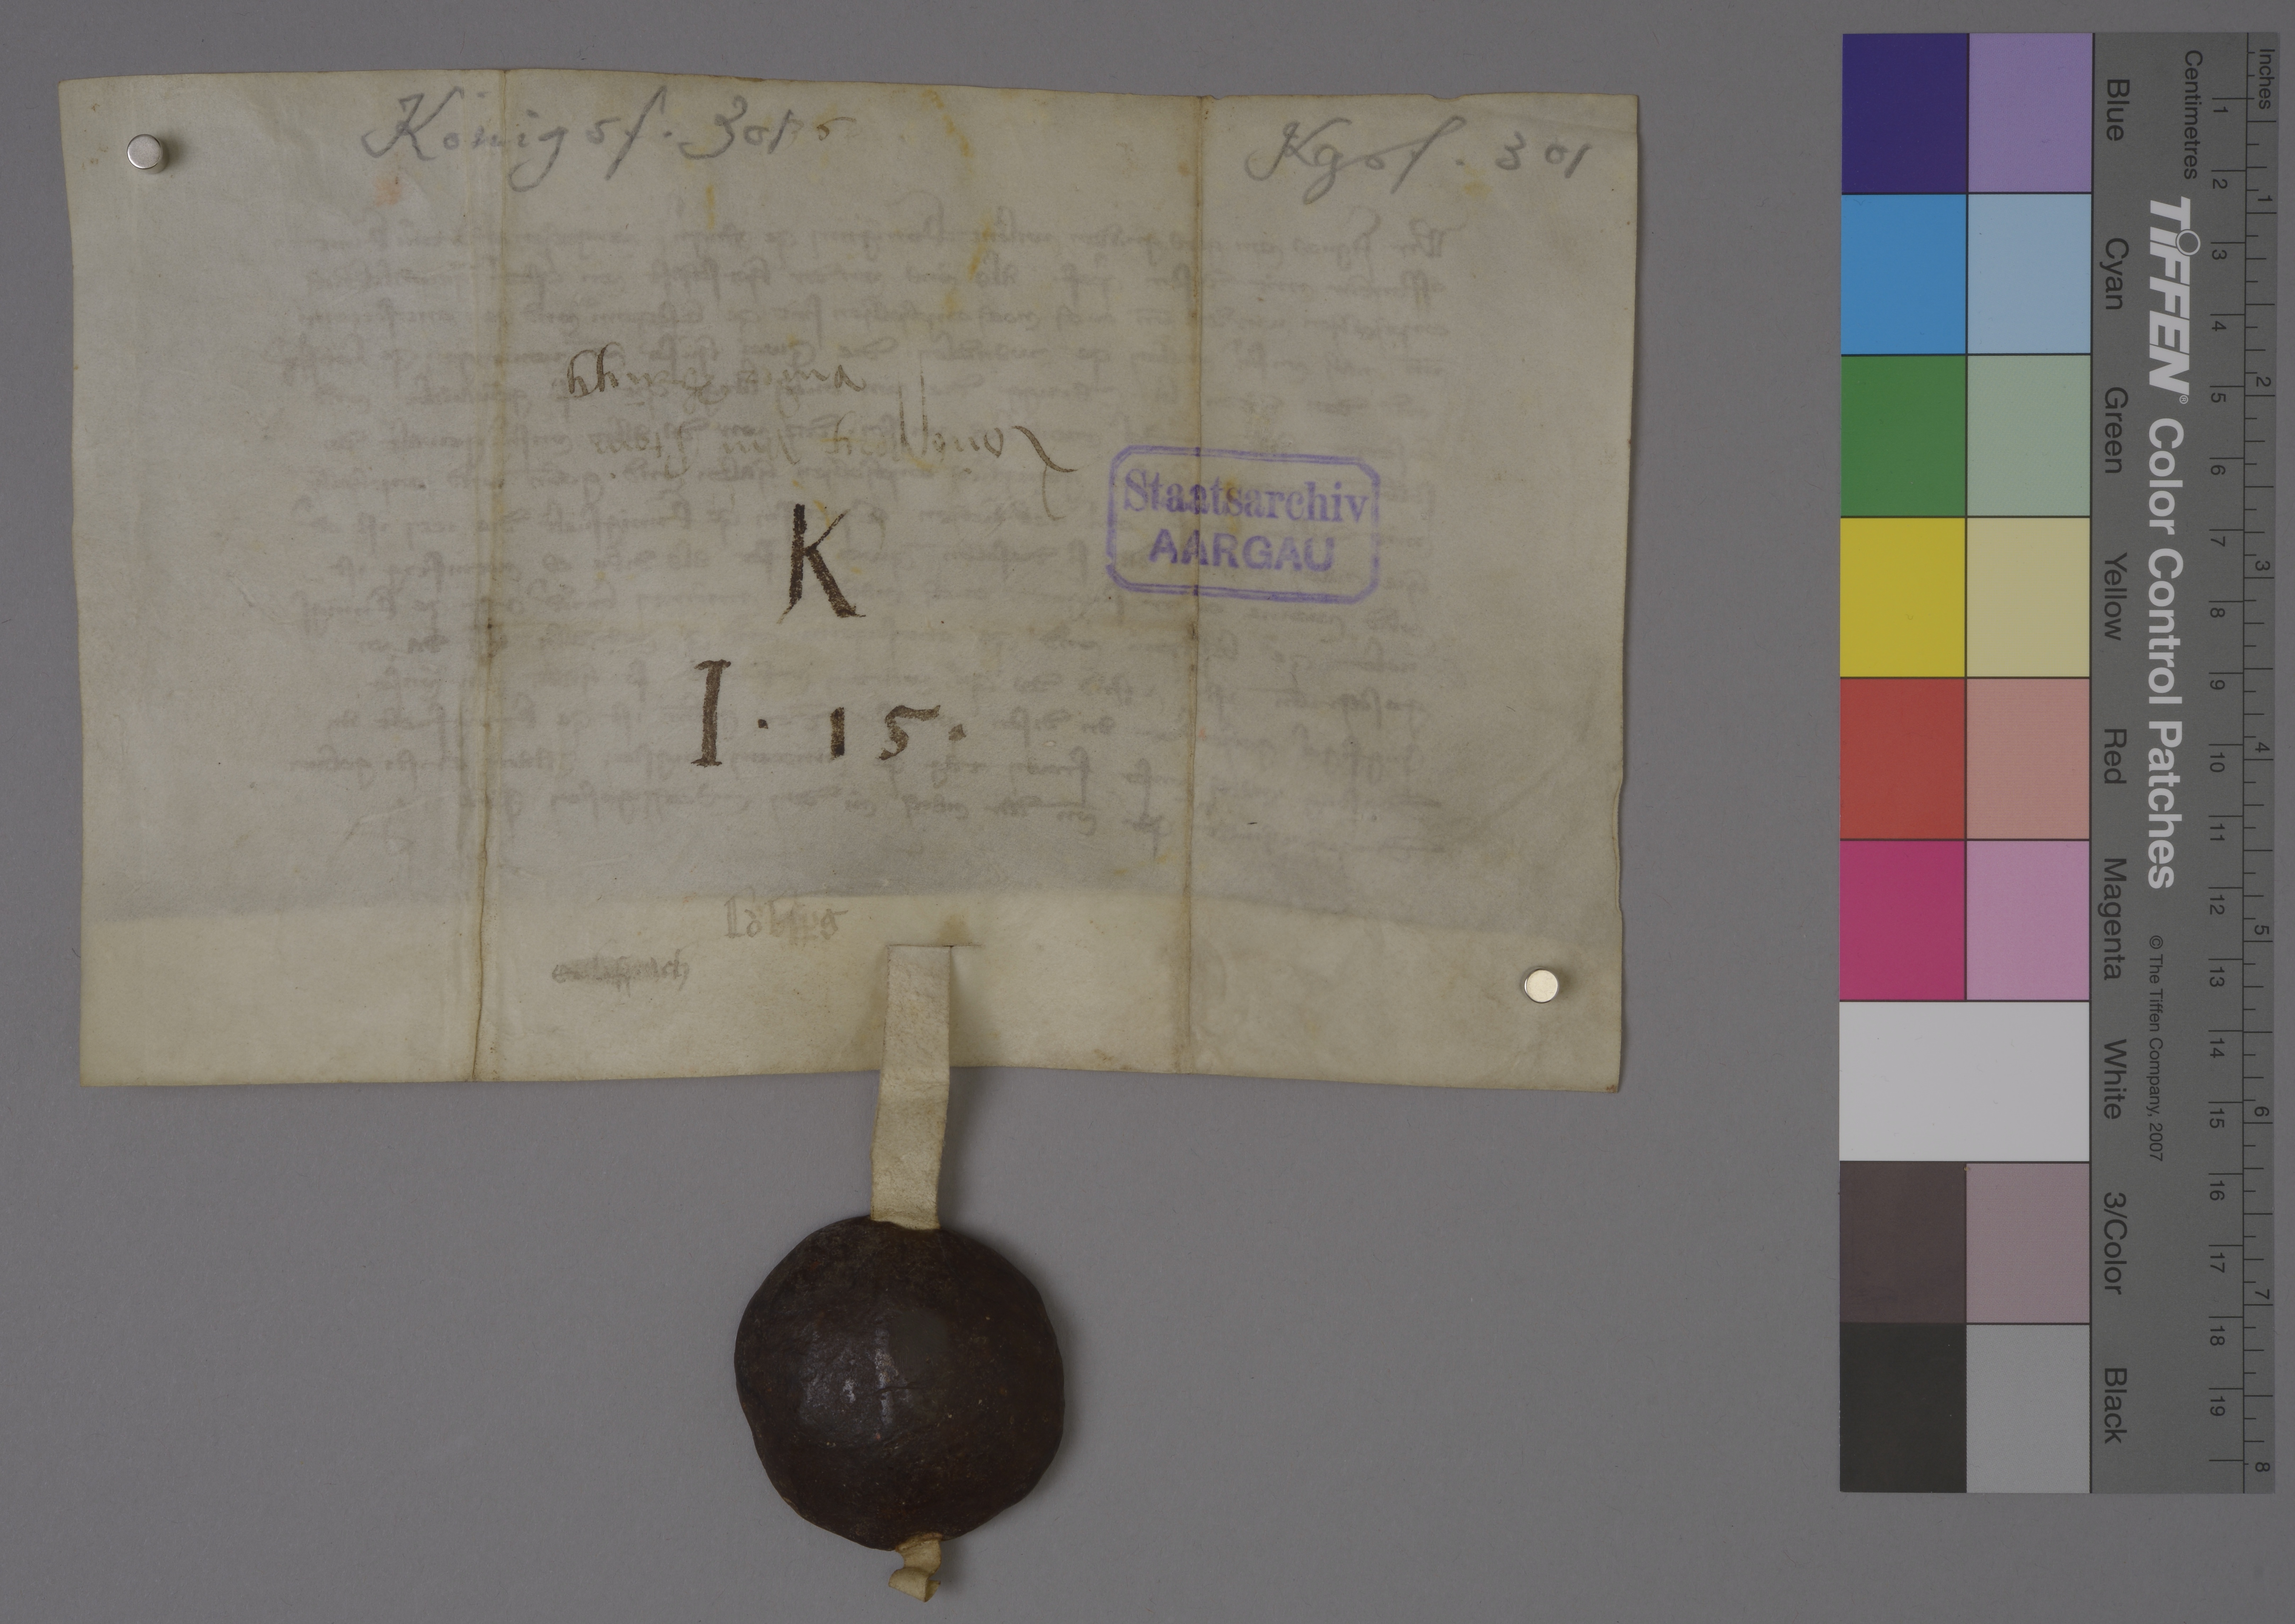
Transcription:
Königsf. 301

35

Kgsf. 301

Loùbsperg und Stein
under Brugg

Staatsarchiv
AARGAU

K
I ✳ 15 ✳

Loͧbsꝑg

Erlispach